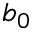
b _ { 0 }